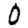
Digit: 0